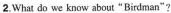
2.What do we know about"Birdman"?